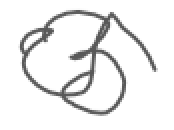
Text: 3
Cross-out: wave
Writing tool: digital_gray